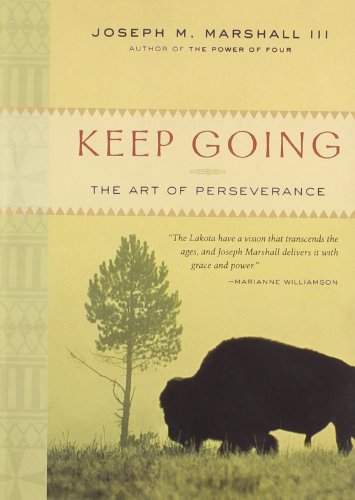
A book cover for Keep Going: The Art of Perseverance; Joseph M. Marshall III; Religion & Spirituality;